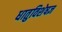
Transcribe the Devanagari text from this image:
धातुविशेषज्ञ